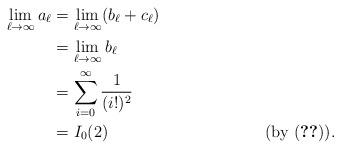
LaTeX: \begin{align*}\lim_{\ell\rightarrow\infty}a_\ell &=\lim_{\ell\rightarrow\infty}(b_\ell+c_\ell)\\&=\lim_{\ell\rightarrow\infty}b_\ell\\&=\sum_{i=0}^{\infty}\frac{1}{(i!)^2}\\&=I_0(2)&&\mbox{(by (\ref{eq:I_02}))}.\end{align*}